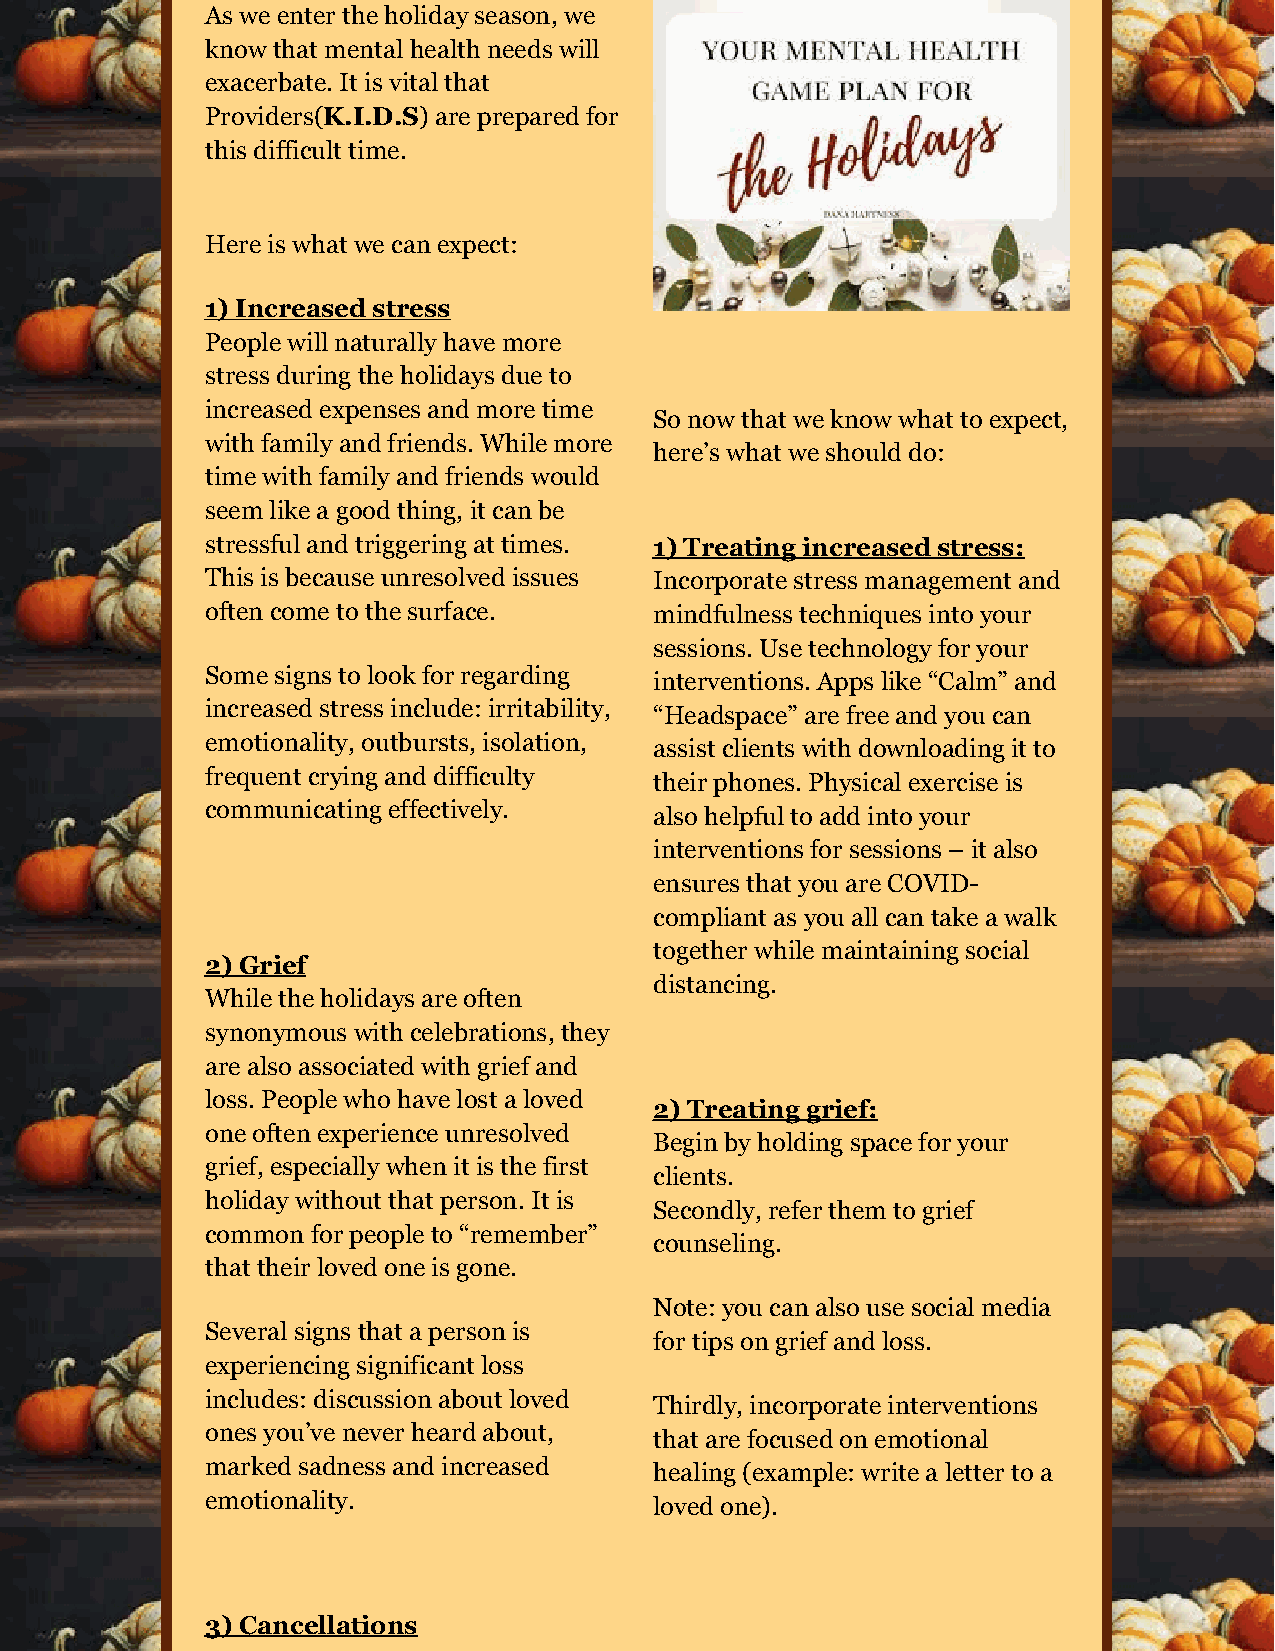
As we enter the holiday season, we
 know that mental health needs will
 exacerbate. It is vital that
 Providers(K.I.D.S) are prepared for
 this difficult time.
 Here is what we can expect:
 1) Increased stress
 People will naturally have more
 stress during the holidays due to
 increased expenses and more time
 So now that we know what to expect,
 with family and friends. While more
 here’s what we should do:
 time with family and friends would
 seem like a good thing, it can be
 stressful and triggering at times. 1) Treating increased stress:
 This is because unresolved issues Incorporate stress management and
 often come to the surface.   mindfulness techniques into your
 sessions. Use technology for your
 Some signs to look for regarding
 interventions. Apps like “Calm” and
 increased stress include: irritability,
 “Headspace” are free and you can
 emotionality, outbursts, isolation,
 assist clients with downloading it to
 frequent crying and difficulty
 their phones. Physical exercise is
 communicating effectively.
 also helpful to add into your
 interventions for sessions – it also
 ensures that you are COVID-
 compliant as you all can take a walk
 together while maintaining social
 2) Grief
 distancing.
 While the holidays are often
 synonymous with celebrations, they
 are also associated with grief and
 loss. People who have lost a loved
 2) Treating grief:
 one often experience unresolved
 Begin by holding space for your
 grief, especially when it is the first
 clients.
 holiday without that person. It is
 Secondly, refer them to grief
 common for people to “remember”
 counseling.
 that their loved one is gone.
 Note: you can also use social media
 Several signs that a person is
 for tips on grief and loss.
 experiencing significant loss
 includes: discussion about loved
 Thirdly, incorporate interventions
 ones you’ve never heard about,
 that are focused on emotional
 marked sadness and increased
 healing (example: write a letter to a
 emotionality.
 loved one).
 3) Cancellations